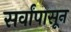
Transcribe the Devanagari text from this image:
सर्वांपासून